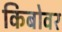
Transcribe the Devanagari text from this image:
किबोवर